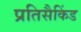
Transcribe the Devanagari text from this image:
प्रतिसैकिंड